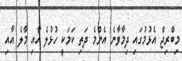
މިބްރިޖް އެޅުމުގައި ދިމާވާނެ އެންމެ ދަތި ކަމަކީ ހުޅުލެ އާއި މާލެ އާއި